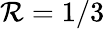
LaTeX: \mathcal{R}=1/3